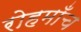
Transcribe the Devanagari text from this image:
रोहमाँच